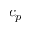
c _ { p }